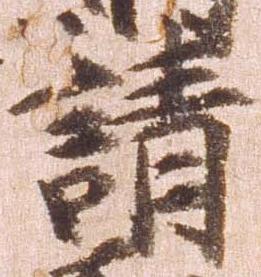
請